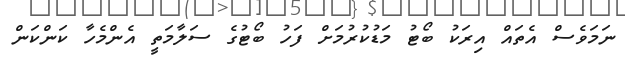
ނަމަވެސް އެތައް އިރަކު ބޯޓު މަޑުކުރުމަށް ފަހު ބޯޓުގެ ސަލާމަތީ އެންމެހާ ކަންކަން